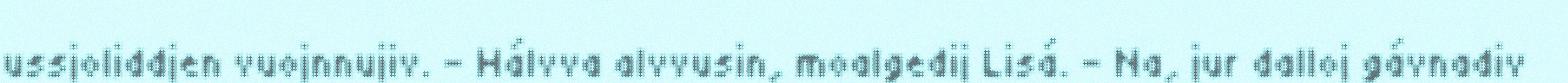
ussjoliddjen vuojnnujiv. – Hálvva alvvusin, moalgedij Lisá. – Na, jur dalloj gávnadiv